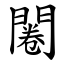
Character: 闂